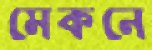
মেকনে